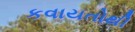
કવાયતોથી